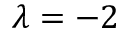
\lambda = - 2